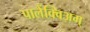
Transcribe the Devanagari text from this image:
पालेंक्विअम्‌